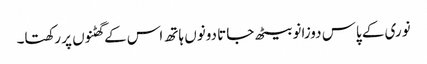
نوری کے پاس دوزانو بیٹھ جاتا دونوں ہاتھ اس کے گھٹنوں پر رکھتا۔